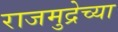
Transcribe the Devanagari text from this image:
राजमुद्रेच्या